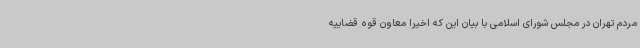
مردم تهران در مجلس شورای اسلامی با بیان این که اخیرا معاون قوه قضاییه